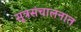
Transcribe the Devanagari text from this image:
सूत्रसंचालनात